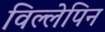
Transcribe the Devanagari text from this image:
विल्लेपिन